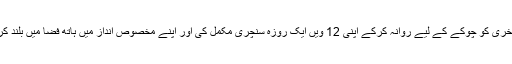
انہوں نے پانچویں گیند کو چھکے اور آخری کو چوکے کے لیے روانہ کرکے اپنی 12 ویں ایک روزہ سنچری مکمل کی اور اپنے مخصوص انداز میں ہاتھ فضا میں بلند کرکے اور زبان باہر نکال کر جشن منایا۔